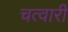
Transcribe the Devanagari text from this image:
चत्वारी